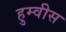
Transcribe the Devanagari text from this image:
हुम्वीस